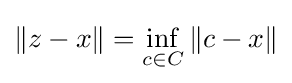
\|z-x\|=\inf _{c\in C}\|c-x\|